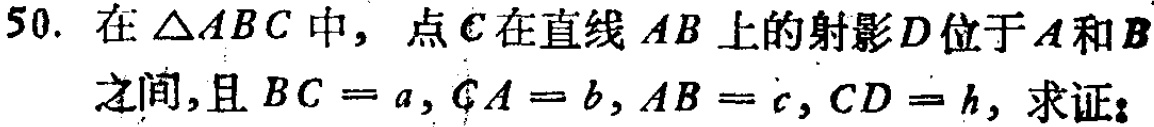
在\(\triangle ABC\)中，点\(C\)在直线\(AB\)上的射影\(D\)位于\(A\)和\(B\)之间，且\(BC = a\)，\(CA = b\)，\(AB = c\)，\(CD = h\)，求证：